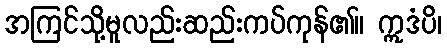
အကြင်သို့မူလည်းဆည်းကပ်ကုန်၏။ ဣဒံပိ၊